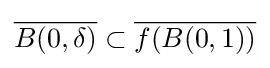
{\overline {B(0,\delta )}}\subset {\overline {f(B(0,1))}}